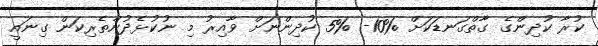
ކުރާ ކުދިންގެ ގާތްގަނޑަކަށް %10- %5 ކުދިންނަށް ވާއިރު މި ނުކުޅެދުންތެރިކަން ގިނައީ